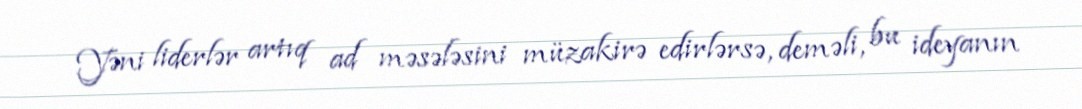
Yəni liderlər artıq ad məsələsini müzakirə edirlərsə, deməli, bu ideyanın